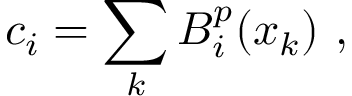
c _ { i } = \sum _ { k } B _ { i } ^ { p } ( x _ { k } ) \mathrm { ~ , ~ }